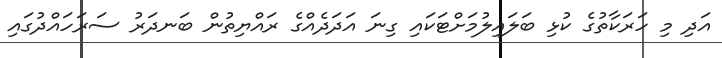
އަދި މި ހަރަކާތުގެ ކުޅި ބަލައިލުމަށްޓަކައި ގިނަ އަދަދެއްގެ ރައްޔިތުން ބަނދަރު ސަރަހައްދުގައި